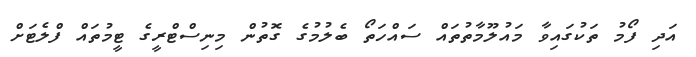
އަދި ފޯމު ތަކުގައިވާ މައުލޫމާތުތައް ސައްހަތޯ ބެލުމުގެ ގޮތުން މިނިސްޓްރީގެ ޓީމުތައް ފްލެޓަށް